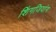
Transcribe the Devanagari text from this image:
शिंगजियांग